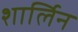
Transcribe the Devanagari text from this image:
शार्लिन